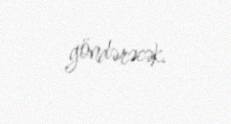
göndərəcək.